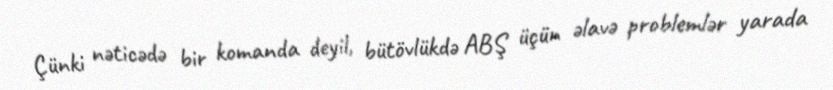
Çünki nəticədə bir komanda deyil, bütövlükdə ABŞ üçün əlavə problemlər yarada